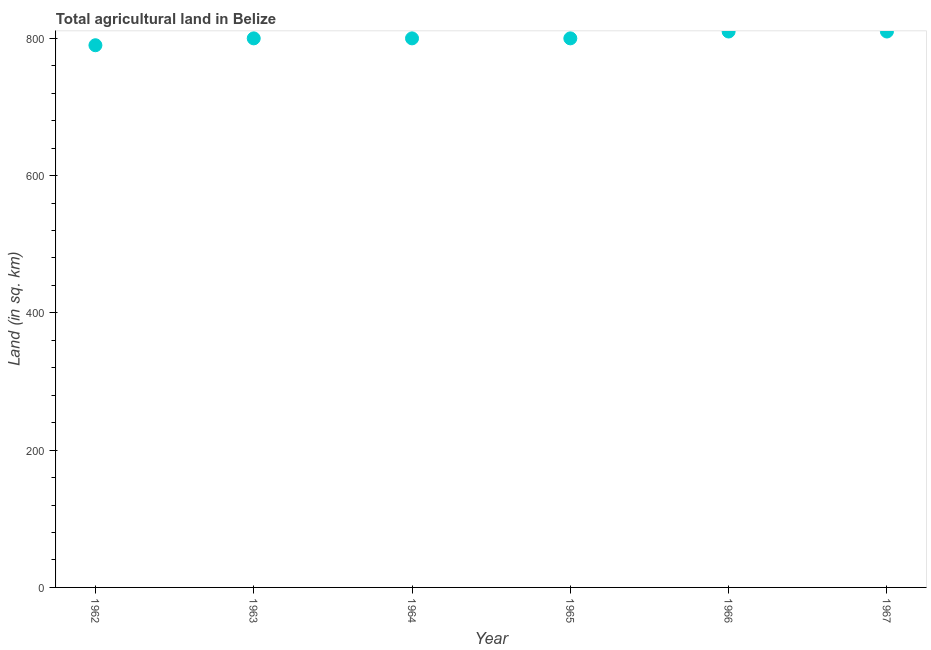
| Year | Agricultural land (sq. km) |
 | --- | --- |
 | 1962 | 790 |
 | 1963 | 800 |
 | 1964 | 800 |
 | 1965 | 800 |
 | 1966 | 810 |
 | 1967 | 810 |